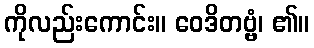
ကိုလည်းကောင်း။ ဝေဒိတဗ္ဗံ၊ ၏။